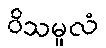
ဝိသမူလံ